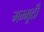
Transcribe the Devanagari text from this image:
मम्मूठी